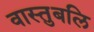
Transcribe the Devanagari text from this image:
वास्तुबलि